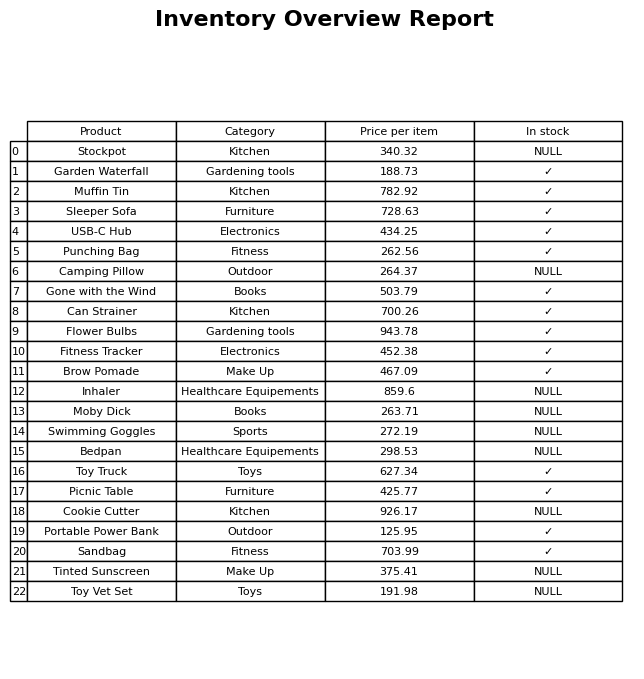
question: What is the stock status of the Toy Truck?
answer: ✓